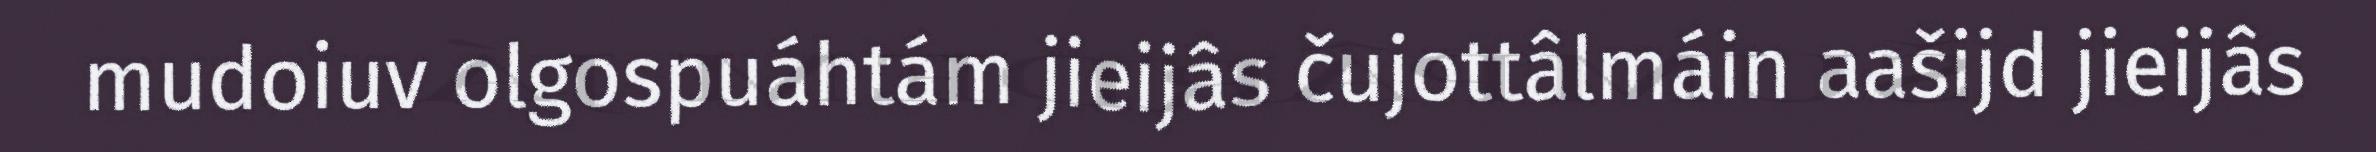
mudoiuv olgospuáhtám jieijâs čujottâlmáin aašijd jieijâs